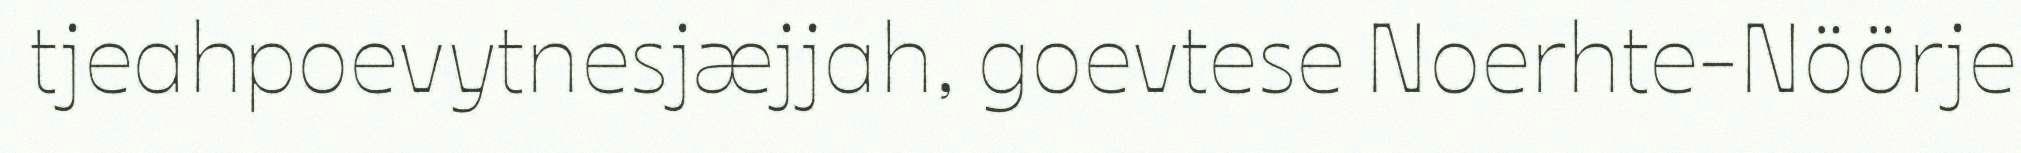
tjeahpoevytnesjæjjah, goevtese Noerhte-Nöörje